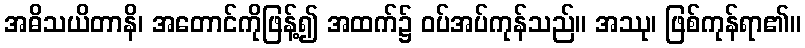
အဓိသယိတာနိ၊ အတောင်ကိုဖြန့်၍ အထက်၌ ဝပ်အပ်ကုန်သည်။ အဿု၊ ဖြစ်ကုန်ရာ၏။